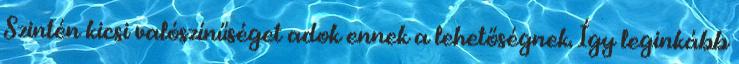
Szintén kicsi valószínűséget adok ennek a lehetőségnek. Így leginkább